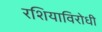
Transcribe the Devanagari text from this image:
रशियाविरोधी